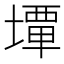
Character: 𡐧